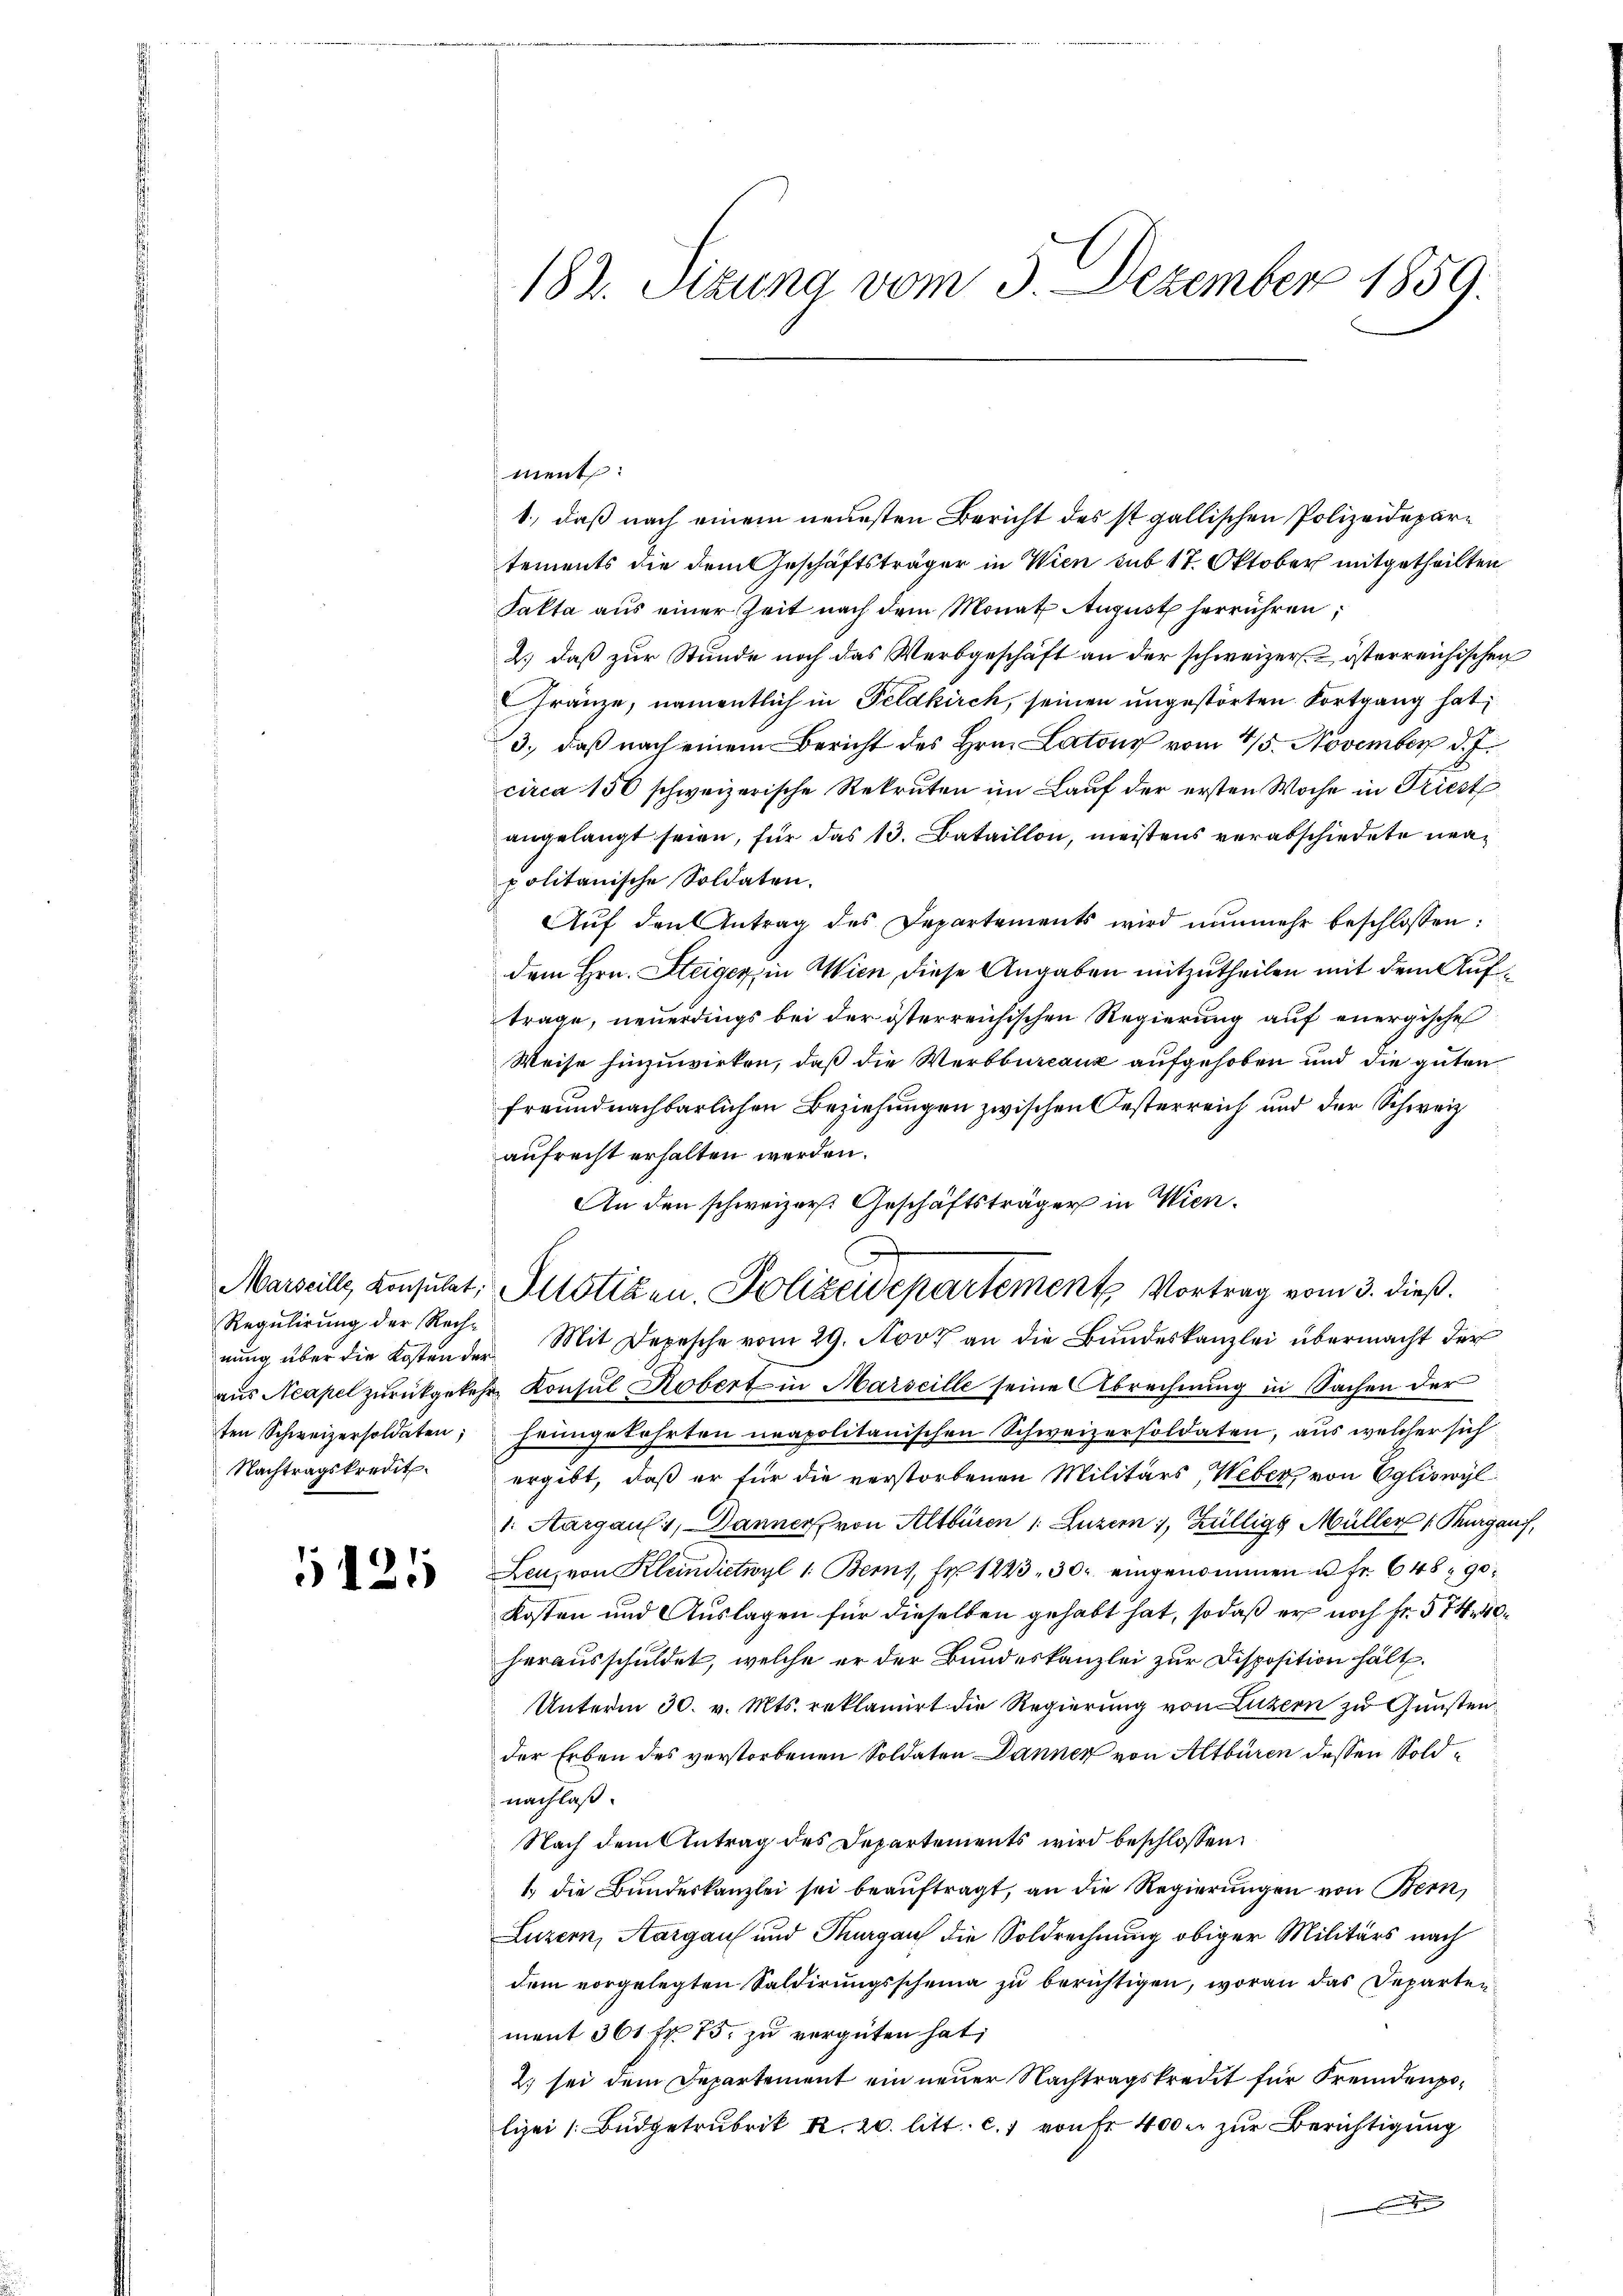
Regulirung der Rechnung über die Kosten der
ten Schweizersoldaten;
Nachtragskredit.

5121

182. Sizung vom 3. Dezember 1859.

ment:
1., daß nach einem neuesten Bericht des ist gallischen Polizeidepartements die dem Geschäftsträger in Wien sub 17. Oktober mitgetheilten
Kakta aus einer Zeit nach dem Monat August herrühren;
2.) daß zur Stunde noch das Werbgeschäft an der schweizer. österreichischen
ränze, namentlich in Feldkirch, seinen ungestörten Fortgang hat,
3., daß nach einem Bericht des Hrn. Latons vom 4/5. November d. J.
circa 150 schweizerische Rekruten im Lauf der ersten Woche in Triest
angelangt seien, für das 13. Bataillon, meistens verabschiedete neapolitanische Soldaten.
Aŭf den Antrag des Departements wird nunmehr beschlossen:
dem Hrn. Steiger in Wien diese Angaben mitzutheilen mit dem Auftrage, neuerdings bei der österreichischen Regierung auf energische
Weise hinzuwirken, daß die Werbburcanz aufgehoben und die guten
freundnachbarlichen Beziehungen zwischen Oesterreich und der Schweiz
aufrecht erhalten werden.
An den schweizer. Geschäftsträger in Wien.
Marseille, Konsulat, Altstiken, Polizeidepartement Vortrag vom 3. dieß.
Mit Depesche vom 29. Nov. an die Bundeskanzlei übermacht der
aus Neapel zurückgekehr Konsul Kobert in Marseille seine Abrechnung in Sachen der
heimgekehrten neapolitanischen Schweizersoldaten, aus welcher sich
ergibt, daß er für die verstorbenen Militärs, Weber, von Egliswyl
1. Aargaus, Banner von Altburen 1. Luzern 1, Zülligg Müller 1 Thurgau,
Leu, von Klein dietwyl 1. Berns, Fr. 1223, 30. eingenommen u. Fr. 648 - 90
Kosten und Auslagen für dieselben gehabt hat, sodaß er noch Fr. 574
herausschuldet, welche er der Bundeskanzlei zur Disposition hält
Unterm 30. v. Mts. reklamirt die Regierung von Luzern zu Gunsten
der Erben des verstorbenen Soldaten Danner von Altburen dessen Soldnachlaß.
Nach dem Antrag des Departements wird beschlossen:
1 die Bundeskanzlei sei beauftragt, an die Regierungen von Bern,
Luzern, Aargau und Thurgau die Soldrechnung obiger Militärs nach
dem vorgelegten Saldirungsscheina zu berichtigen, woran das Departen
ment 361 fr. 75. zŭ vergüten hat;
2) sei dem Departement ein neuer Nachtragskredit für Fremdenpolizei (: Budgetrubrik R. 20. litt. c. 1 von Fr. 400 zur Berichtigung